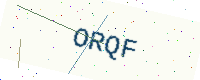
Text: ORQF